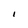
Character: I